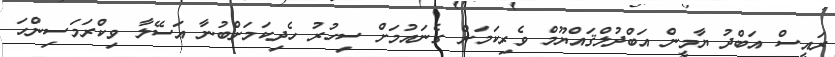
ރައީސް އަބްދު ޔާމީން އަބްދުލްޤައްޔޫމް ވެރިކަމަށް ގެނައުމަށް ސިހުރު ހެދިކަމަށްބުނާ އަސޭލާ ވިކްރަމަސިންހަ